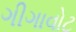
ગીગાવોટ